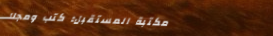
مكتبة المستقبل: كتب ومجلا